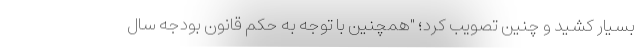
بسیار کشید و چنین تصویب کرد؛ "همچنین با توجه به حکم قانون بودجه سال